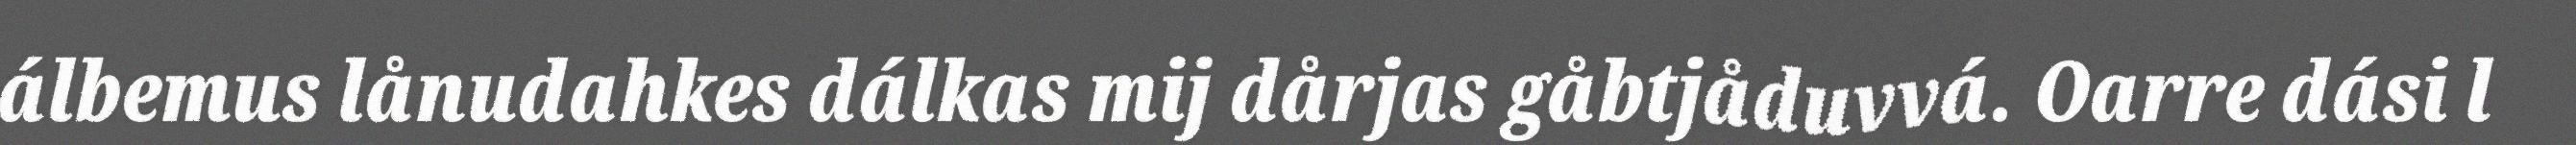
álbemus lånudahkes dálkas mij dårjas gåbtjåduvvá. Oarre dási l